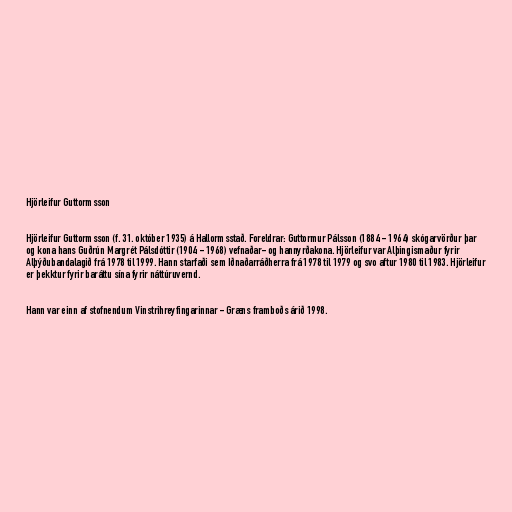
Hjörleifur Guttormsson

Hjörleifur Guttormsson (f. 31. október 1935) á Hallormsstað. Foreldrar: Guttormur Pálsson (1884 - 1964) skógarvörður þar
og kona hans Guðrún Margrét Pálsdóttir (1904 - 1968) vefnaðar- og hannyrðakona. Hjörleifur var Alþingismaður fyrir
Alþýðubandalagið frá 1978 til 1999. Hann starfaði sem Iðnaðarráðherra frá 1978 til 1979 og svo aftur 1980 til 1983. Hjörleifur
er þekktur fyrir baráttu sína fyrir náttúruvernd.

Hann var einn af stofnendum Vinstrihreyfingarinnar - Græns framboðs árið 1998.